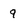
Character: 9